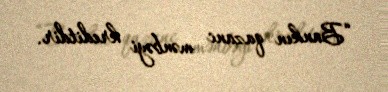
“Bankın qazanc mənbəyi kreditdir.